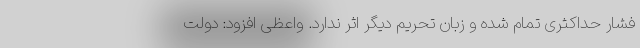
فشار حداکثری تمام شده و زبان تحریم دیگر اثر ندارد. واعظی افزود: دولت